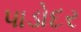
પાડોદર